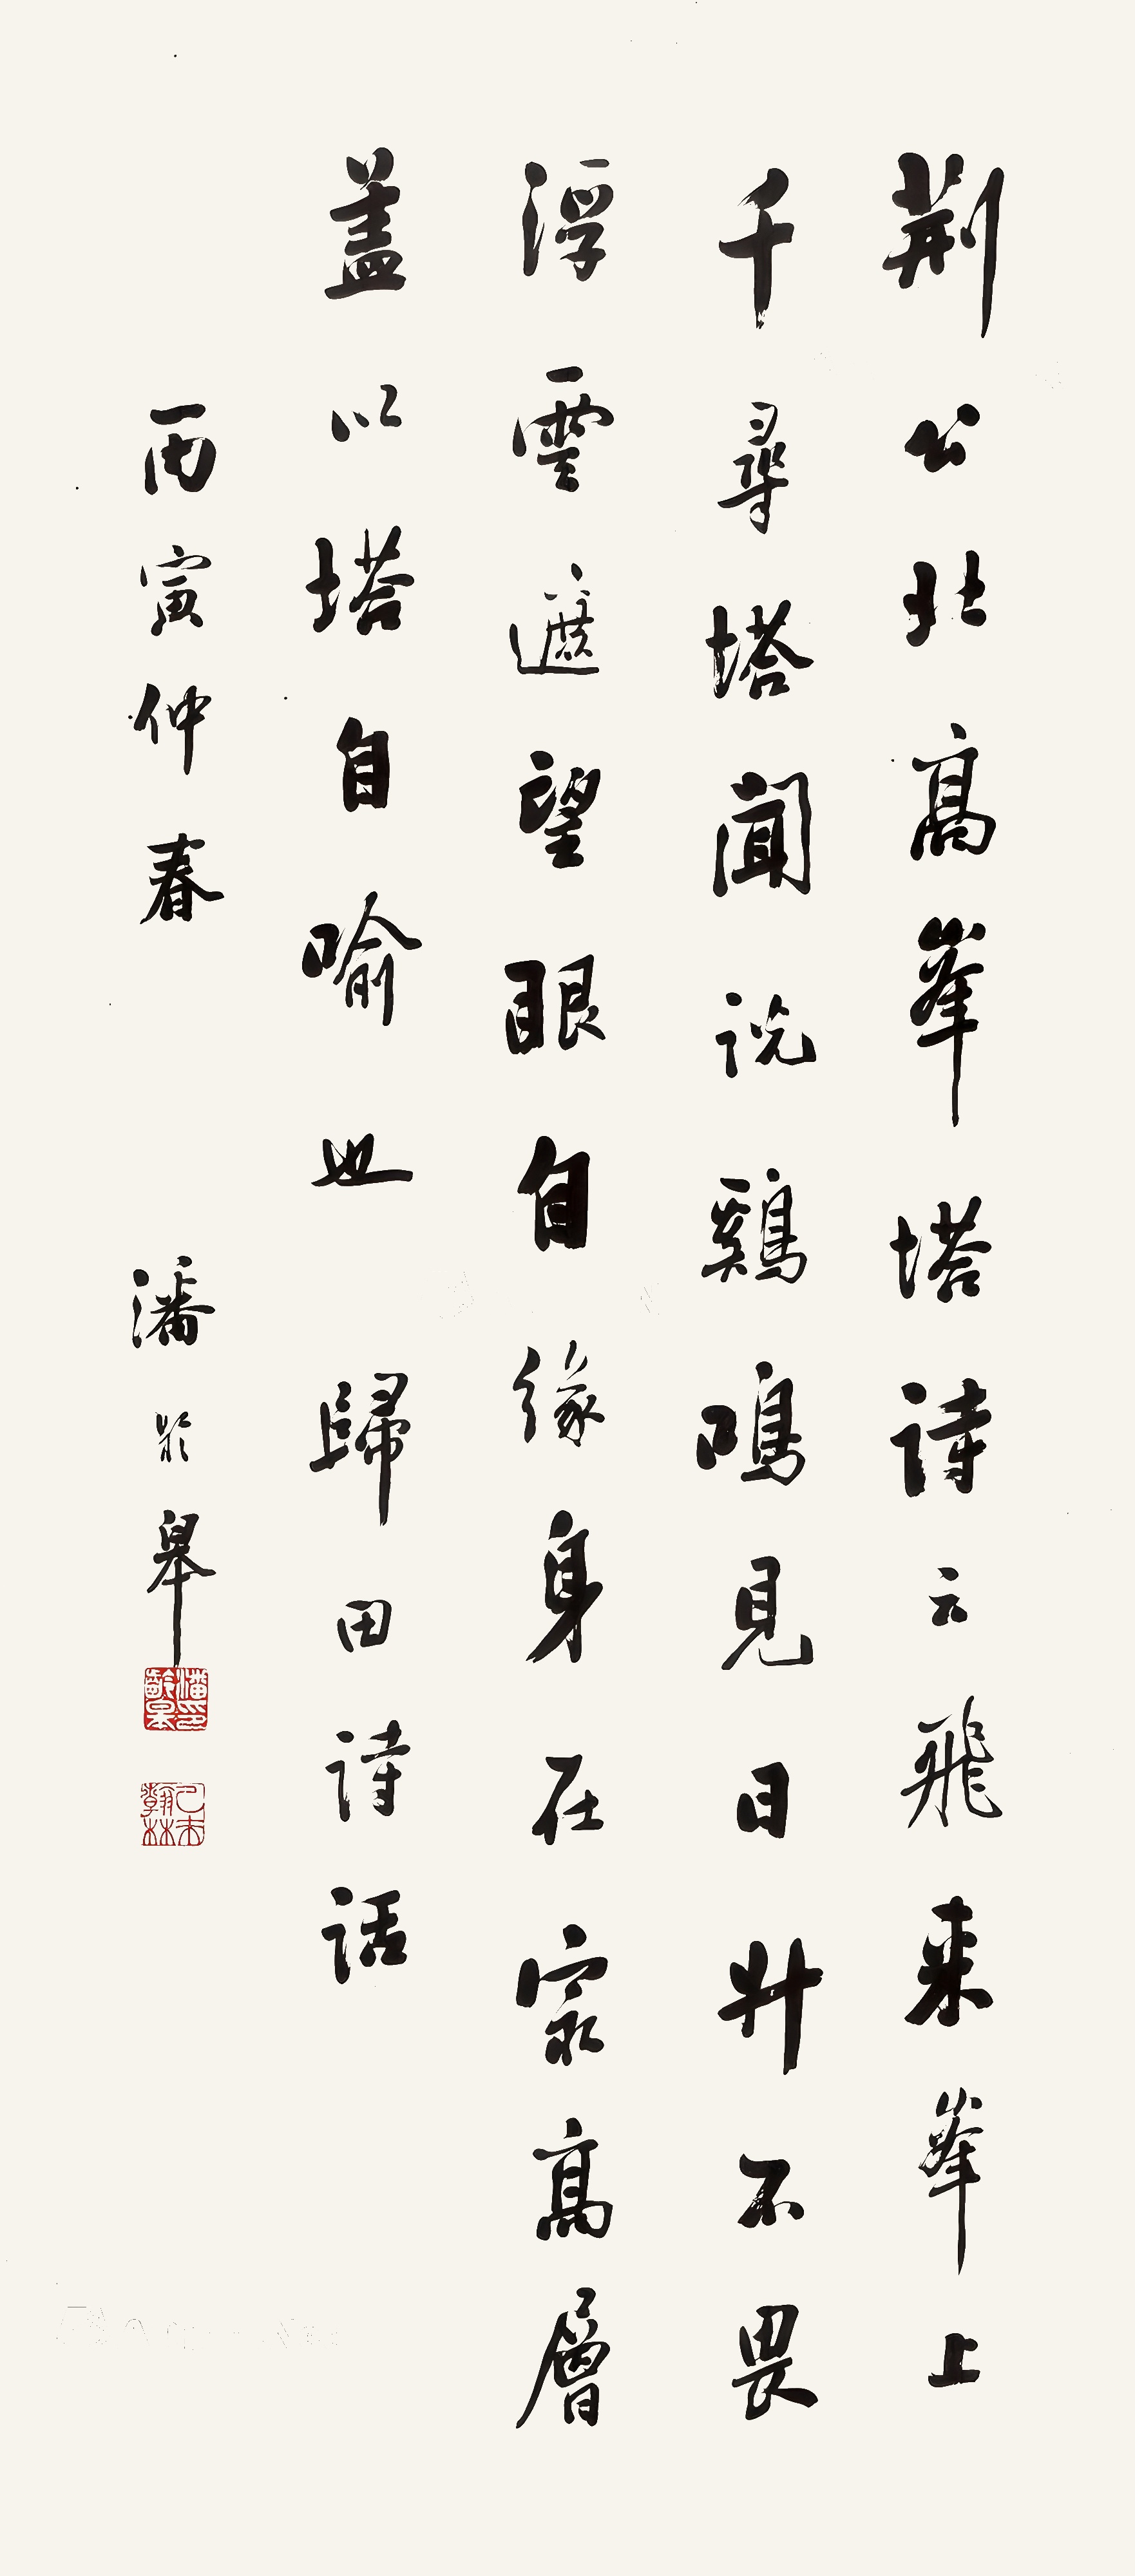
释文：荆公北高峰塔诗云：飞来峰上千寻塔，闻说鸡鸣见日升。不畏浮云遮望眼，自缘身在最高层。盖以自喻也。归田诗话。丙寅仲春，潘龄皋。